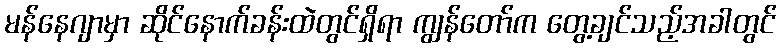
မန်နေဂျာမှာ ဆိုင်နောက်ခန်းထဲတွင်ရှိရာ ကျွန်တော်က တွေ့ချင်သည့်အခါတွင်